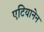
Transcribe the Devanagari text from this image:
एटियानेन